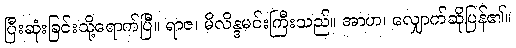
ပြီးဆုံးခြင်းသို့ရောက်ပြီ။ ရာဇ၊ မိလိန္ဒမင်းကြီးသည်။ အာဟ၊ လျှောက်ဆိုပြန်၏။